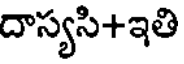
దాస్యసి+ఇతి